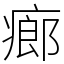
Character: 㾿